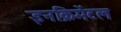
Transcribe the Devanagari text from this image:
इनक्रिमेंटल